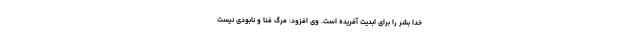
خدا بشر را برای ابدیت آفریده است. وی افزود: مرگ فنا و نابودی نیست